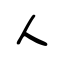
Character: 人